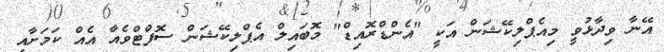
އޭނާ ވިދާޅުވީ މިއެޕްލިކޭޝަން އަކީ "އެންޑްރޮއިޑް" މޮބައިލް އެޕްލިކޭޝަން ސޮފްޓްވެއާ އެއް ކަމަށާއި